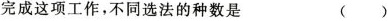
完成这项工作，不同选法的种数是 ( )